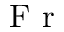
\textnormal { F r }